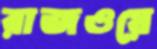
রাজওয়ে